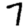
Digit: 7